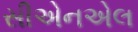
સીએનએલ